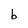
Character: b